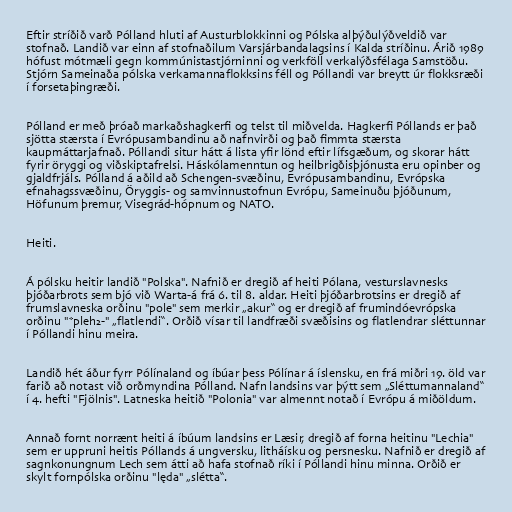
Eftir stríðið varð Pólland hluti af Austurblokkinni og Pólska alþýðulýðveldið var
stofnað. Landið var einn af stofnaðilum Varsjárbandalagsins í Kalda stríðinu. Árið 1989
hófust mótmæli gegn kommúnistastjórninni og verkföll verkalýðsfélaga Samstöðu.
Stjórn Sameinaða pólska verkamannaflokksins féll og Póllandi var breytt úr flokksræði
í forsetaþingræði.

Pólland er með þróað markaðshagkerfi og telst til miðvelda. Hagkerfi Póllands er það
sjötta stærsta í Evrópusambandinu að nafnvirði og það fimmta stærsta
kaupmáttarjafnað. Póllandi situr hátt á lista yfir lönd eftir lífsgæðum, og skorar hátt
fyrir öryggi og viðskiptafrelsi. Háskólamenntun og heilbrigðisþjónusta eru opinber og
gjaldfrjáls. Pólland á aðild að Schengen-svæðinu, Evrópusambandinu, Evrópska
efnahagssvæðinu, Öryggis- og samvinnustofnun Evrópu, Sameinuðu þjóðunum,
Höfunum þremur, Visegrád-hópnum og NATO.

Heiti.

Á pólsku heitir landið "Polska". Nafnið er dregið af heiti Pólana, vesturslavnesks
þjóðarbrots sem bjó við Warta-á frá 6. til 8. aldar. Heiti þjóðarbrotsins er dregið af
frumslavneska orðinu "pole" sem merkir „akur“ og er dregið af frumindóevrópska
orðinu "*pleh₂-" „flatlendi“. Orðið vísar til landfræði svæðisins og flatlendrar sléttunnar
í Póllandi hinu meira.

Landið hét áður fyrr Pólínaland og íbúar þess Pólínar á íslensku, en frá miðri 19. öld var
farið að notast við orðmyndina Pólland. Nafn landsins var þýtt sem „Sléttumannaland“
í 4. hefti "Fjölnis". Latneska heitið "Polonia" var almennt notað í Evrópu á miðöldum.

Annað fornt norrænt heiti á íbúum landsins er Læsir, dregið af forna heitinu "Lechia"
sem er uppruni heitis Póllands á ungversku, litháísku og persnesku. Nafnið er dregið af
sagnkonungnum Lech sem átti að hafa stofnað ríki í Póllandi hinu minna. Orðið er
skylt fornpólska orðinu "lęda" „slétta“.